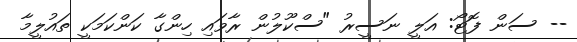
-- ސަން ފޮޓޯ: އަލީ ނަސީރު "ސްކޫލުން ރާވައި ހިންގާ ކަންކަމަކީ ތައުލީމާ